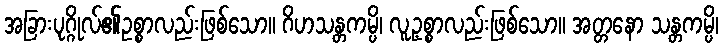
အခြားပုဂ္ဂိုလ်၏ဥစ္စာလည်းဖြစ်သော။ ဂိဟသန္တကမ္ပိ၊ လူ့ဥစ္စာလည်းဖြစ်သော။ အတ္တနော သန္တကမ္ပိ၊